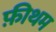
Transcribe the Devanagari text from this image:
फ़ीथम